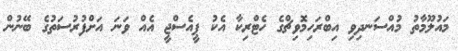
މައުލޫމާތު މުއްސަނދިވި އިބްރަހިމޮވިޗްގެ ހެޓްރިކާ އެކު ޕީއެސްޖީ އެއް ވަނަ އަށްފުރުސަތުގެ ބޭނުން